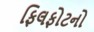
ફિલફોટનો